Annual administration and progress report of the Indian Medical Department, Bombay
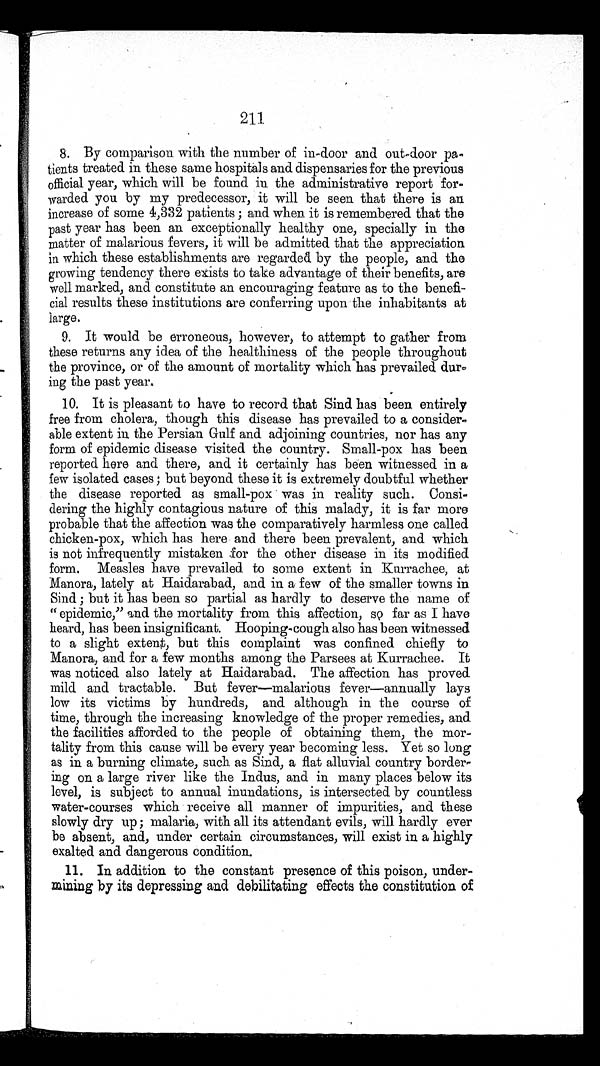
211
8. By comparison with the number of in-door and out-door pa-
tients treated in these same hospitals and dispensaries for the previous
official year, which will be found in the administrative report for
-warded you by my predecessor, it will be seen that there is an
increase of some 4,332 patients ; and when it is remembered that the
past year has been an exceptionally healthy one, specially in the
matter of malarious fevers, it will be admitted that the appreciation
in which these establishments are regarded by the people, and the
growing tendency there exists to take advantage of their benefits, are
well marked, and constitute an encouraging feature as to the benefi
-cial results these institutions are conferring upon the inhabitants at
large.
9. It would be erroneous, however, to attempt to gather from
these returns any idea of the healthiness of the people throughout
the province, or of the amount of mortality which has prevailed dur-
ing the past year.
10. It is pleasant to have to record that Sind has been entirely
free from cholera, though this disease has prevailed to a consider-
able extent in the Persian Gulf and adjoining countries, nor has any
form of epidemic disease visited the country. Small-pox has been
reported here and there, and it certainly has been witnessed in a
few isolated cases ; but beyond these it is extremely doubtful whether
the disease reported as small-pox was in reality such. Consi-
dering the highly contagious nature of this malady, it is far more
probable that the affection was the comparatively harmless one called
chicken-pox, which has here and there been prevalent, and which
is not infrequently mistaken for the other disease in its modified
form. Measles have prevailed to some extent in Kurrachee, at
Manora, lately at Haidarabad, and in a few of the smaller towns in
Sind ; but it has been so partial as hardly to deserve the name of
"epidemic," and the mortality from this affection, sq far as I have
heard, has been insignificant. Hooping-cough also has been witnessed
to a slight extent, but this complaint was confined chiefly to
Manora, and for a few months among the Parsees at Kurrachee. It
was noticed also lately at Haidarabad. The affection has proved
mild and tractable. But fever—malarious fever—annually lays
low its victims by hundreds, and although in the course of
time, through the increasing knowledge of the proper remedies, and
the facilities afforded to the people of obtaining them, the mor
-tality from this cause will be every year becoming less. Yet so long
as in a burning climate, such as Sind, a flat alluvial country border-
ing on a large river like the Indus, and in many places below its
level, is subject to annual inundations, is intersected by countless
water-courses which receive all manner of impurities, and these
slowly dry up ; malaria, with all its attendant evils, will hardly ever
be absent, and, under certain circumstances, will exist in a highly
exalted and dangerous condition.
11. In addition to the constant presence of this poison, under
-mining by its depressing and debilitating effects the constitution of